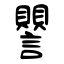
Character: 譻